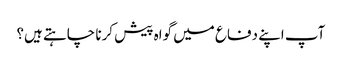
آپ اپنے دفاع میں گواہ پیش کرنا چاہتے ہیں؟